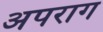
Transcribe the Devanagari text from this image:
अपराग